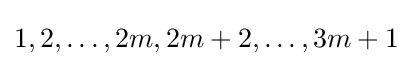
1,2,\ldots ,2m,2m+2,\ldots ,3m+1